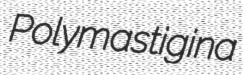
Polymastigina